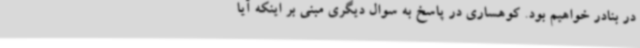
در بنادر خواهیم بود. کوهساری در پاسخ به سوال دیگری مبنی بر اینکه آیا